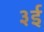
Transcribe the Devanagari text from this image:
३ई